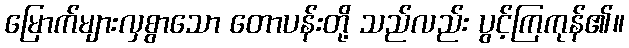
မြောက်များလှစွာသော တောပန်းတို့ သည်လည်း ပွင့်ကြကုန်၏။